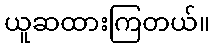
ယူဆထားကြတယ်။